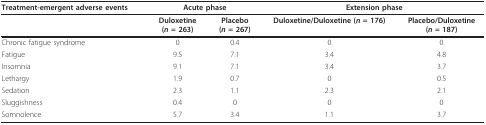
<table><thead><tr><td><b>Treatment-emergent adverse events</b></td><td colspan="2"><b>Acute phase</b></td><td colspan="2"><b>Extension phase</b></td></tr></thead><tbody><tr><td></td><td><b>Duloxetine</b><b>(<i>n </i>= 263)</b></td><td><b>Placebo</b><b>(<i>n </i>= 267)</b></td><td><b>Duloxetine/Duloxetine (<i>n </i>= 176)</b></td><td><b>Placebo/Duloxetine</b><b>(<i>n </i>= 187)</b></td></tr><tr><td>Chronic fatigue syndrome</td><td>0</td><td>0.4</td><td>0</td><td>0</td></tr><tr><td>Fatigue</td><td>9.5</td><td>7.1</td><td>3.4</td><td>4.8</td></tr><tr><td>Insomnia</td><td>9.1</td><td>7.1</td><td>3.4</td><td>3.7</td></tr><tr><td>Lethargy</td><td>1.9</td><td>0.7</td><td>0</td><td>0.5</td></tr><tr><td>Sedation</td><td>2.3</td><td>1.1</td><td>2.3</td><td>2.1</td></tr><tr><td>Sluggishness</td><td>0.4</td><td>0</td><td>0</td><td>0</td></tr><tr><td>Somnolence</td><td>5.7</td><td>3.4</td><td>1.1</td><td>3.7</td></tr></tbody></table>